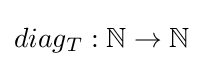
diag_{T}:\mathbb {N} \to \mathbb {N}